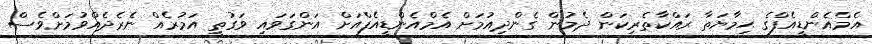
އެމްއެންޑީއެފްގެ ޙިމާޔަތާ ރައްކާތެރިކަން ދެމުން ގެންދިއުމަށް އެމްއެންޑީއެފްއަށް އަންގަވައި ވަގުތީ އަމުރެއް ނެރެދެއްވުމަށްވެސް